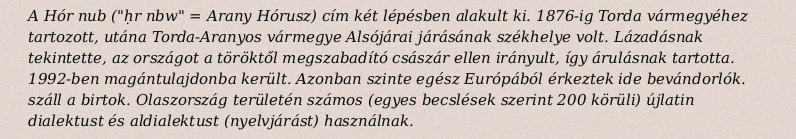
A Hór nub ("ḥr nbw" = Arany Hórusz) cím két lépésben alakult ki. 1876-ig Torda vármegyéhez tartozott, utána Torda-Aranyos vármegye Alsójárai járásának székhelye volt. Lázadásnak tekintette, az országot a töröktől megszabadító császár ellen irányult, így árulásnak tartotta. 1992-ben magántulajdonba került. Azonban szinte egész Európából érkeztek ide bevándorlók. száll a birtok. Olaszország területén számos (egyes becslések szerint 200 körüli) újlatin dialektust és aldialektust (nyelvjárást) használnak.